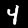
Digit: 4